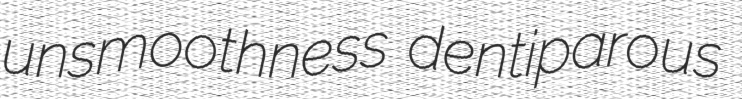
unsmoothness dentiparous